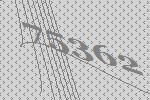
75362